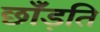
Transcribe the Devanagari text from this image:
छाँड़ति